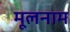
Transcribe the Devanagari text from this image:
मूलनाम